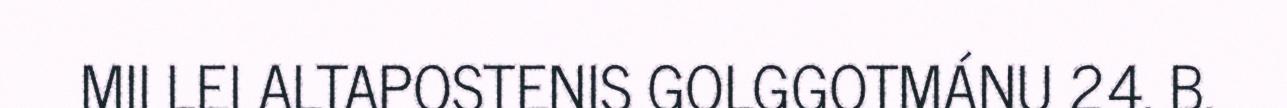
MII LEI ALTAPOSTENIS GOLGGOTMÁNU 24. B.